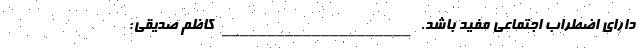
دارای اضطراب اجتماعی مفید باشد. _____________________ کاظم صدیقی: